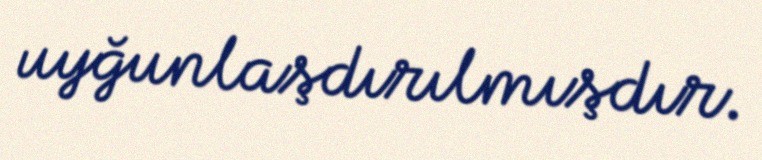
uyğunlaşdırılmışdır.